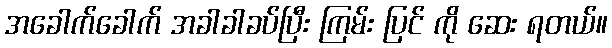
အခေါက်ခေါက် အခါခါခပ်ပြီး ကြမ်း ပြင် ကို ဆေး ရတယ်။